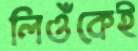
লিওঁকেই